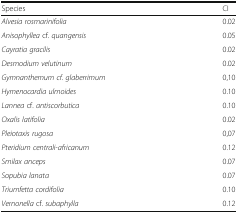
<table><thead><tr><td><b>Species</b></td><td><b>CI</b></td></tr></thead><tbody><tr><td><i>Alvesia rosmarinifolia</i></td><td>0.02</td></tr><tr><td><i>Anisophyllea</i> cf. <i>quangensis</i></td><td>0.05</td></tr><tr><td><i>Cayratia gracilis</i></td><td>0.02</td></tr><tr><td><i>Desmodium velutinum</i></td><td>0.02</td></tr><tr><td><i>Gymnanthemum cf. glaberrimum</i></td><td>0,10</td></tr><tr><td><i>Hymenocardia ulmoides</i></td><td>0.10</td></tr><tr><td><i>Lannea</i> cf. <i>antiscorbutica</i></td><td>0.10</td></tr><tr><td><i>Oxalis latifolia</i></td><td>0.02</td></tr><tr><td><i>Pleiotaxis rugosa</i></td><td>0,07</td></tr><tr><td><i>Pteridium centrali-africanum</i></td><td>0.12</td></tr><tr><td><i>Smilax anceps</i></td><td>0.07</td></tr><tr><td><i>Sopubia lanata</i></td><td>0.07</td></tr><tr><td><i>Triumfetta cordifolia</i></td><td>0.10</td></tr><tr><td><i>Vernonella</i> cf. <i>subaphylla</i></td><td>0.12</td></tr></tbody></table>